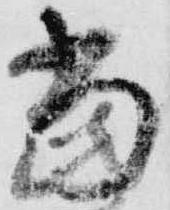
当